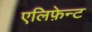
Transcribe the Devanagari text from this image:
एलिफ़ेन्ट